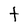
Character: t